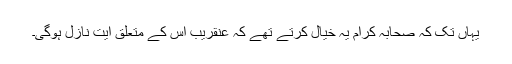
یہاں تک کہ صحابہ کرام یہ خیال کرتے تھے کہ عنقریب اس کے متعلق آیت نازل ہوگی۔